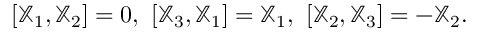
[ { \mathbb X } _ { 1 } , { \mathbb X } _ { 2 } ] = 0 , ~ [ { \mathbb X } _ { 3 } , { \mathbb X } _ { 1 } ] = { \mathbb X } _ { 1 } , ~ [ { \mathbb X } _ { 2 } , { \mathbb X } _ { 3 } ] = - { \mathbb X } _ { 2 } .